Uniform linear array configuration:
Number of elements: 48
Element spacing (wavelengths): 0.5
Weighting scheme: blackman
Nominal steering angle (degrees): -45
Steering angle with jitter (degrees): -44.302
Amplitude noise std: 0.05
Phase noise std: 0.05

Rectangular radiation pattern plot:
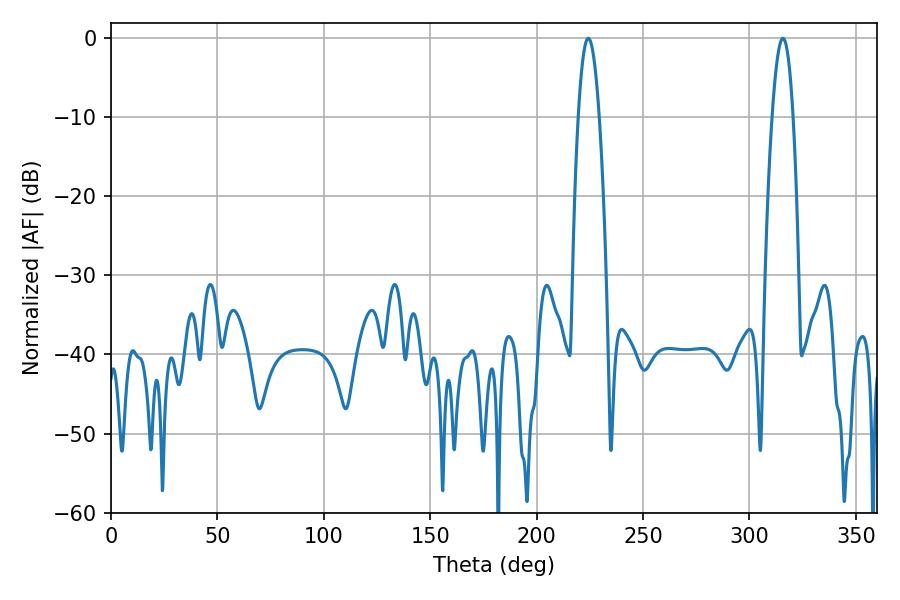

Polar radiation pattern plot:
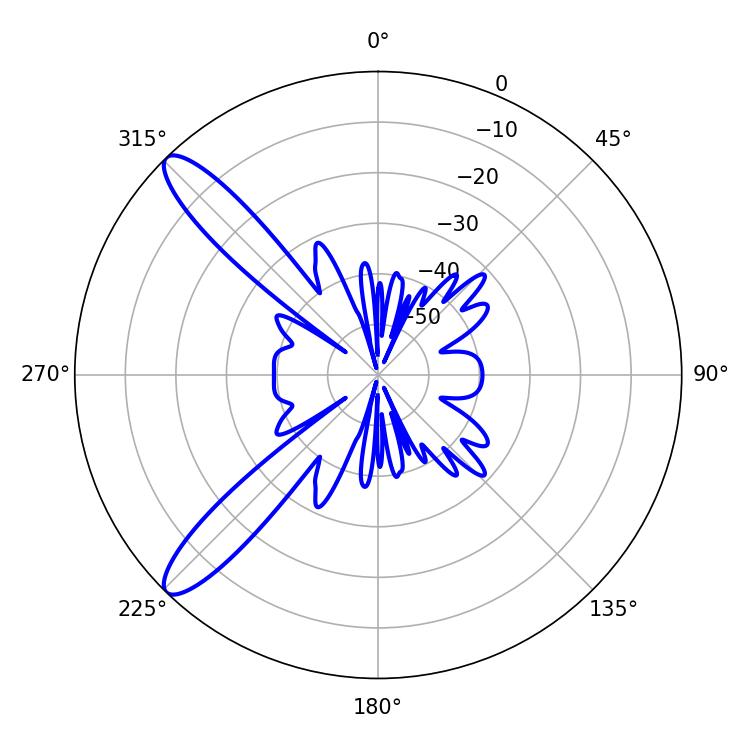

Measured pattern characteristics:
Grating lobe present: FALSE
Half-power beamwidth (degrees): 5.4
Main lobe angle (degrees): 224.28